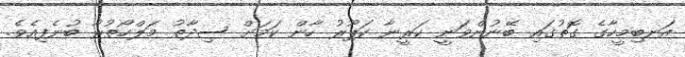
އަނބިމީހާގެ ގޮތުގައި ބޭނުންވަނީ ކަރީނާ ކަޕޫރު ހާން ކަމަށް ސިދާތު މަލްހޯތުރާ ބުނެފިއެވެ.